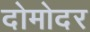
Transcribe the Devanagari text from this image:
दोमोदर